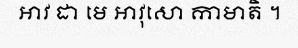
អាវ ដា មេ អាវុសោ កាមាតិ ។